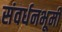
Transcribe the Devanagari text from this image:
संवर्धनभूमी